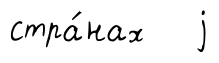
стра́нах j